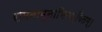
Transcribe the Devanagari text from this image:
रामनाम्नाभिरक्षितम्‌।